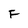
Character: F